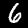
Digit: 6